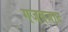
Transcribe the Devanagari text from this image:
गजबजाट